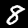
Digit: 8